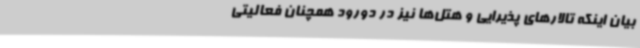
بیان اینکه تالارهای پذیرایی و هتل‌ها نیز در دورود همچنان فعالیتی